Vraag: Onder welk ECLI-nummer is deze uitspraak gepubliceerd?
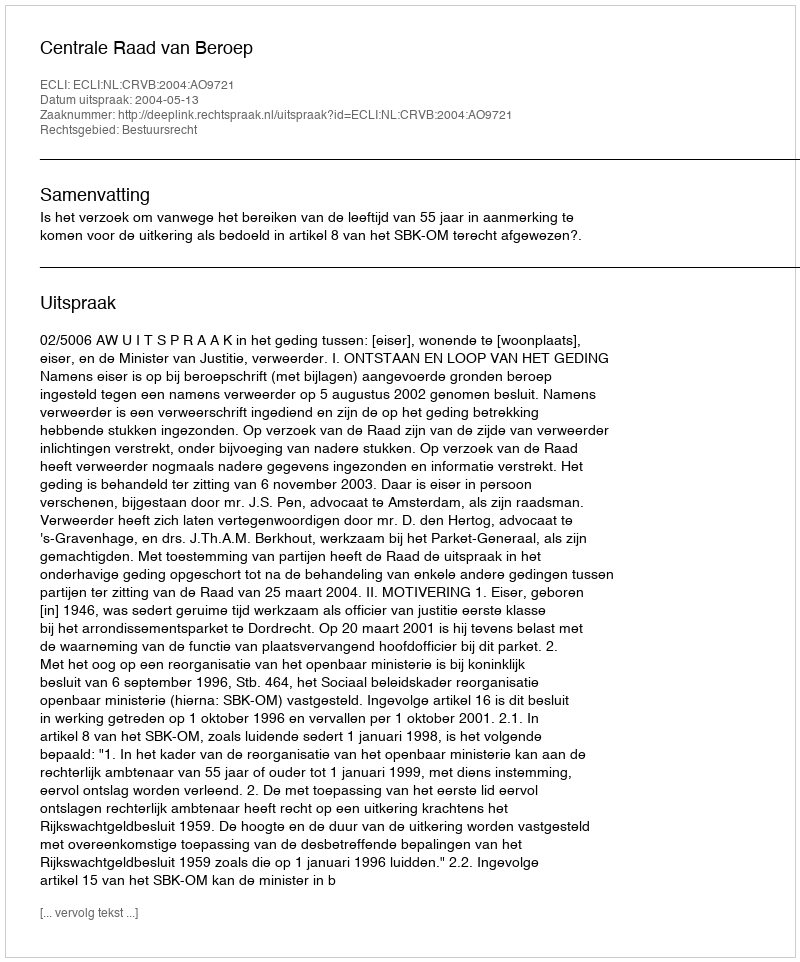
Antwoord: ECLI:NL:CRVB:2004:AO9721